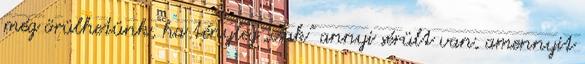
még örülhetünk, ha tényleg „csak” annyi sérült van, amennyit